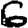
Digit: 6